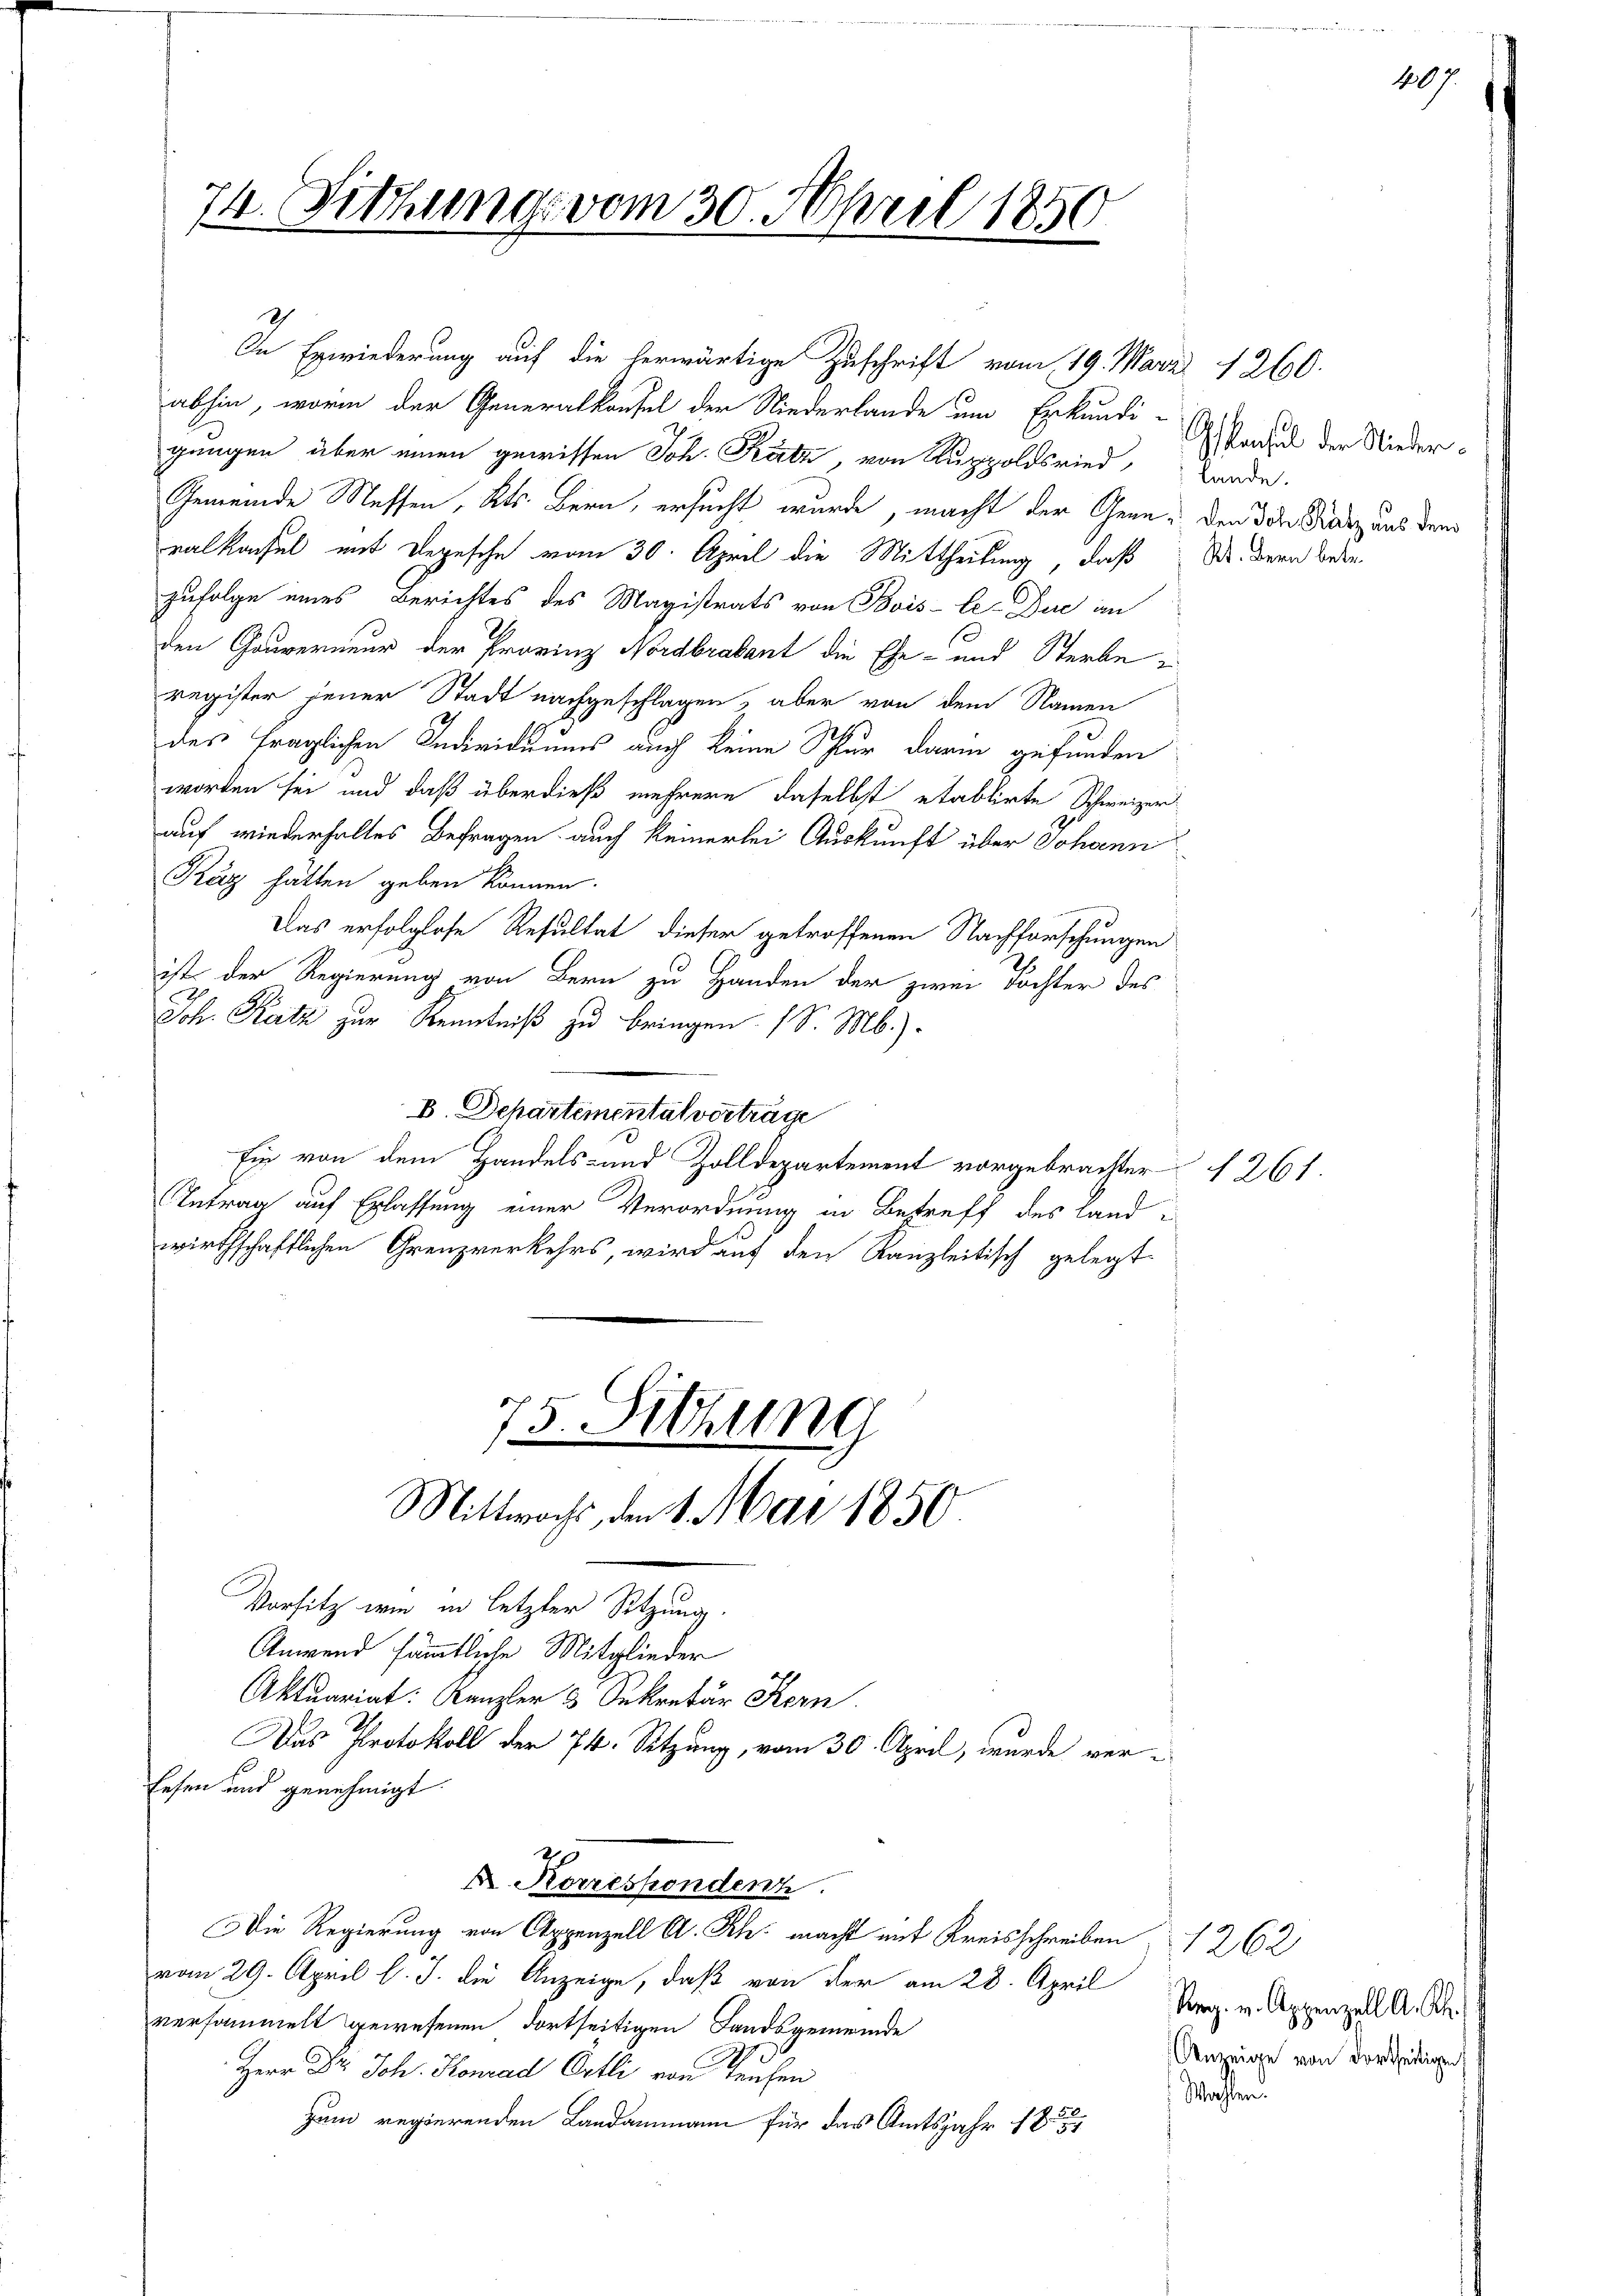
74. Sitzung vom 30. April 1850
m

22
In Erwiederung auf die herwärtige Zuschrift vom 19. März 1260.
abhin, worin der Generalkonfel der Niederlande um Erkundi-
gungen über einen gewissen Joh. Katz von Ausppoldsried,
Gemeinde Messen, Kts. Bern, ersucht wurde, macht der Gene- den oder Franz uns dem
ralkonsul mit Depesche vom 30. April die Mittheilung, daß
zufolge eines Berichtes des Magistrats von Bois-le-Duc an
den Gouverneur der Provinz Nordbrabant die Ehe- und Sterbe e
register jener Stadt nachgeschlagen, aber von dem Namen
des fraglichen Individuums auch keine Schlur darin gefunden
worden sei und daß überdieß mehrere daselbst etablirte Schweizer
auf wiederhaltes Befragen auch keinerlei Auskunft über Johann
Káz hätten geben können.
Das erfolglose Resultat dieser getroffenen Nachforschungen
ist der Regierung von Bern zu Handen der zwei Töchter des

Joh. Katz zur Kenntniß zu bringen (S. M.)
D. Departementat vortrage
Ein von dem Handels- und Zolldepartement vorgebrachter § 261.
Intrag auf Erlassung einer Verordnung in Betreff des Landwirthschaftlichen Grenzverkehrs, wird auf den Kanzleitisch gelegt

75 Sitzung
c
Mittwochs, den 1. Mai 1850.

Vorsitz wie in letzter Sitzung.
Anwend sämmtliche Mitglieder
Aktuariat: Kanzler 3 Sekretär Kern
Das Protokoll der 74. Setzung, vom 30. April, wurde we¬
Eesen und genehmigt.
X. Korrespondenz
Die Regierung von Appenzell A. Rh. macht mit Kreisschreiben 1262
vom 29. April l. J. die Anzeige, daß von der am 28. April
versammelt gewesenen dortseitigen Landsgemeinde
Herr Dr. Joh. Konrad Ortli von Teuchen
zum regierenden Landammann für das Amtsjahr 18

Gspensel der Niederlande.
Rt. Bern betr.

stahlen.

407.

Reg. v. Appenzell A. R.
Anzeige von dortseitigen